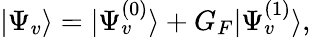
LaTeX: \begin{array}{r}{|\Psi_{v}\rangle=|\Psi_{v}^{(0)}\rangle+G_{F}|\Psi_{v}^{(1)}\rangle,}\end{array}